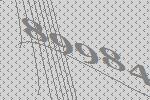
89984